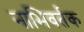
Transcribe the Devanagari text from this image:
नाभिवर्तक